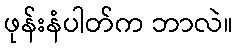
ဖုန်းနံပါတ်က ဘာလဲ။